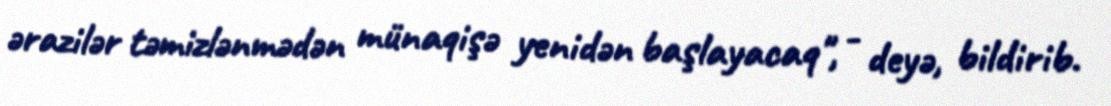
ərazilər təmizlənmədən münaqişə yenidən başlayacaq", - deyə, bildirib.